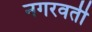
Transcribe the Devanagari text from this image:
नगरवर्ती